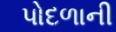
પોદળાની